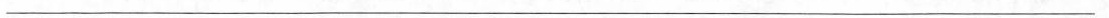
___